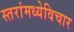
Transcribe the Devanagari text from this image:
स्तरांमध्येविचार